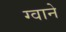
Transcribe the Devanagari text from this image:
ग्वाने